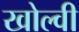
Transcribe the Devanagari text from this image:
खोल्वी